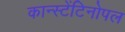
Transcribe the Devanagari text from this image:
कान्स्टेंटिनोपल